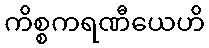
ကိစ္စကရဏီယေဟိ